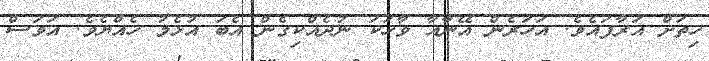
ހިތަށް އަރާފައެވެ. އަހަރެން އޭނާއާ ވާހަކަ ނުދެއްކިގެން އެބަ އުޅެމު ހެއްޔެވެ. އަވަސް